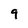
Character: 9